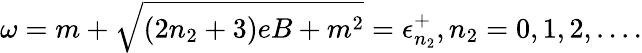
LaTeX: \omega=m+\sqrt{(2n_{2}+3)eB+m^{2}}=\epsilon_{n_{2}}^{+},n_{2}=0,1,2,....